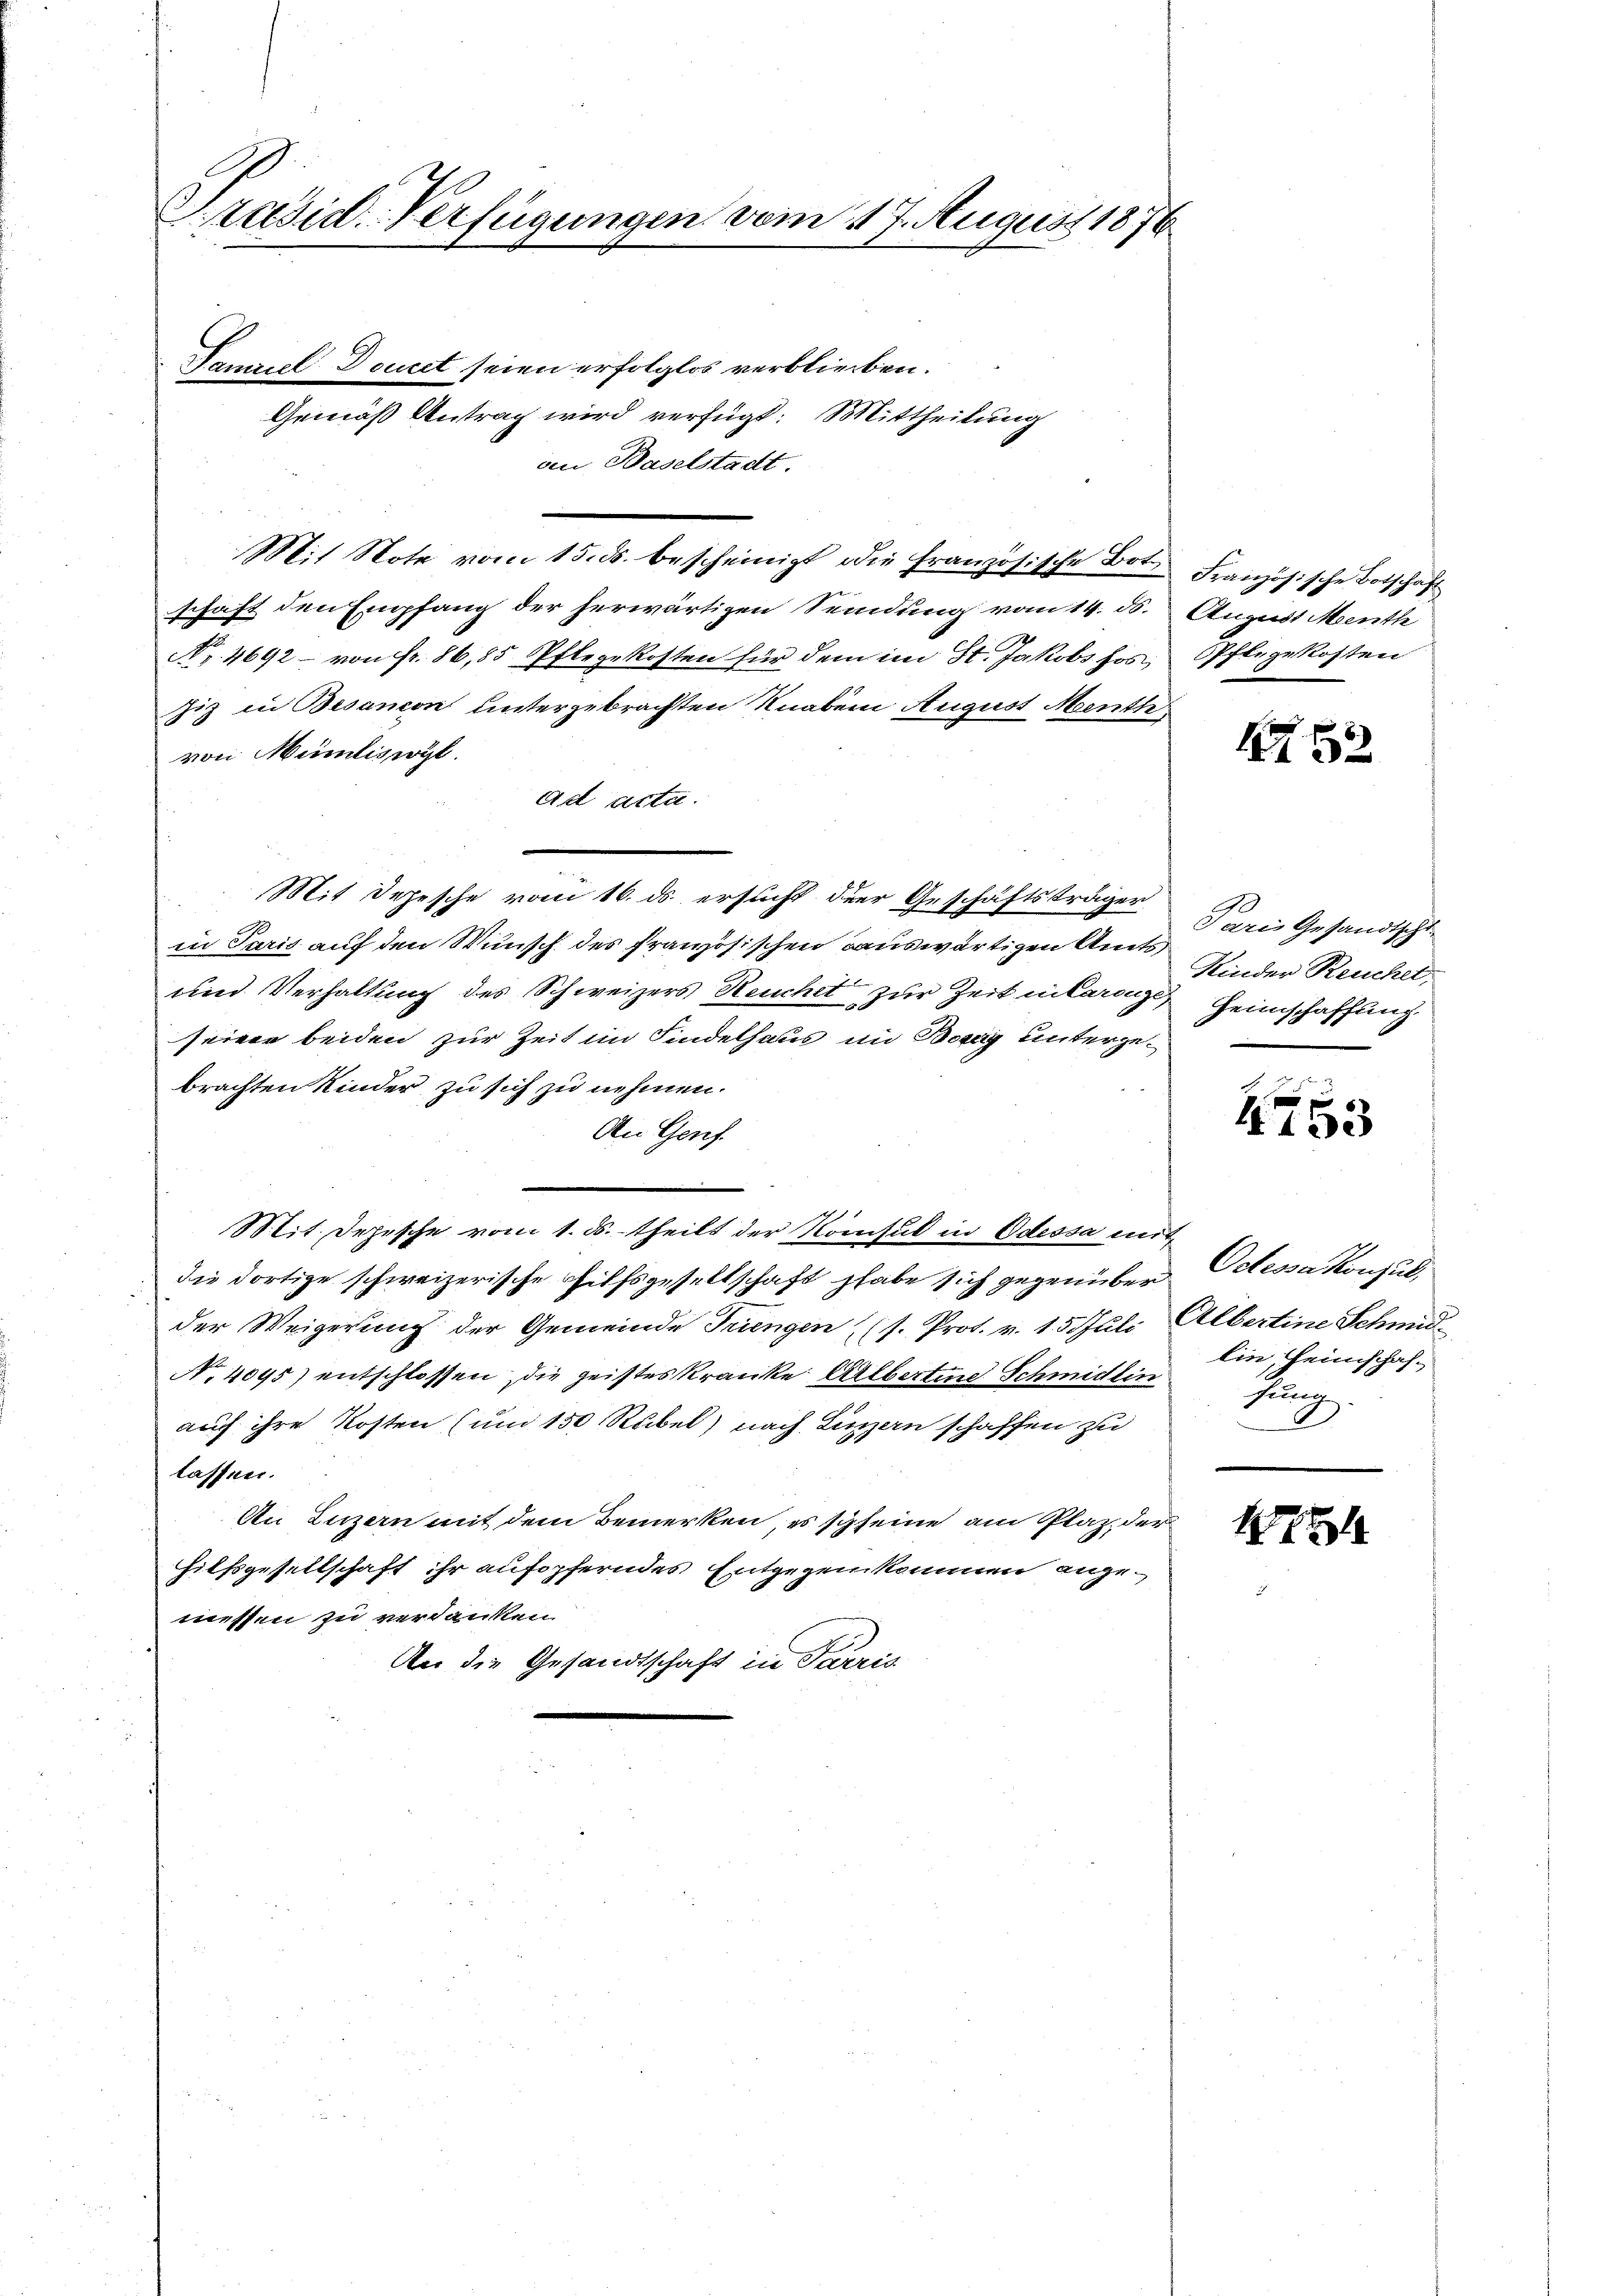
Präsid-Verfügungen vom 17. August 1876

Samuel Doucet seien erfolglos verblierben.
Gemäß Antrag wird verfügt: Mittheilung
ven Baselstadt.
Mit Note vom 15. ds. bescheinigt die Französische Bot. Französische Botschaft
schaft den Empfang der herwärtigen Sendung vom 14. ds. August Menth
Nr. 4692 - von fr. 86,85 Pflegekosten für dem im St. Jakobs hos, Pflegekosten
Ziz in Besandon untergebrachten Knaben August Menth
von Münliswyl.
Ad acta.
Mit Depesche vom 16. ds. ersucht der Geschäftsträger
in Paris auf den Wunsch des französischen auswärtigen Amts
und Verhaltung des Schweizers Reuchet zur Zeit interenze Heimschaffung
seinen beiden zur Zeit im Kindelhaus im Bezug untergebrachten Kinder zu sich zu nehmen.
An Genf.
Mit. Depesche vom 1. ds. theilt der Konsul in Odessa mit
die dortige schweizerische Hilfsgesellschaft habe sich gegenüber Oelessa Konsul,
der Weigerung der Gemeinde Triengen (s. Prot. v. 15 Juli Albertine Schmid¬
No. 4095) entschlossen, die geisteskranke Albertind. Schmidlin
auch ihre Kosten (und 150 Rubel) nach Linzen schaffen zu
lassen.
An Luzern mit dem Bemerken, es scheine am Plaz, der
Hilfsgesellschaft ihr aufopferndes Entgegen kommen angemessen zu verdanken.
An die Gesandtschaft in Paris

2

Paris Gesandtscht
Kinder Reuchet:

453

lin, Heimschaf¬
Fung.

122